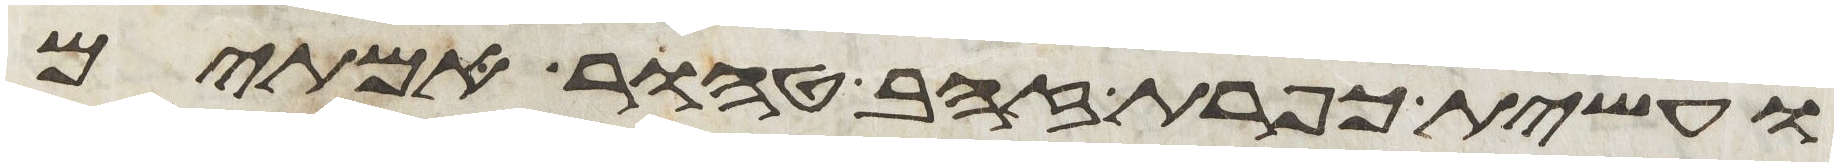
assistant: ועשית כפרת זהב טהור אמתים